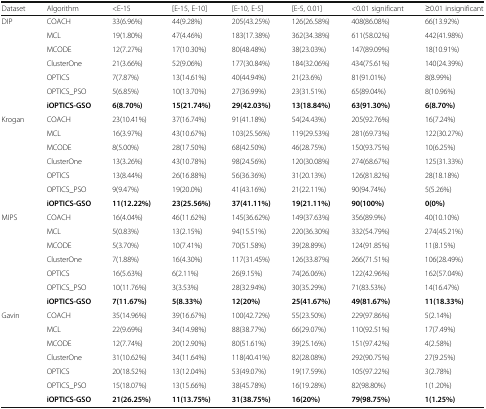
<table><thead><tr><td><b>Dataset</b></td><td><b>Algorithm</b></td><td><b>&lt;E-15</b></td><td><b>[E-15, E-10]</b></td><td><b>[E-10, E-5]</b></td><td><b>[E-5, 0.01]</b></td><td><b>&lt;0.01 significant</b></td><td><b>≥0.01 insignificant</b></td></tr></thead><tbody><tr><td rowspan="7">DIP</td><td>COACH</td><td>33(6.96%)</td><td>44(9.28%)</td><td>205(43.25%)</td><td>126(26.58%)</td><td>408(86.08%)</td><td>66(13.92%)</td></tr><tr><td>MCL</td><td>19(1.80%)</td><td>47(4.46%)</td><td>183(17.38%)</td><td>362(34.38%)</td><td>611(58.02%)</td><td>442(41.98%)</td></tr><tr><td>MCODE</td><td>12(7.27%)</td><td>17(10.30%)</td><td>80(48.48%)</td><td>38(23.03%)</td><td>147(89.09%)</td><td>18(10.91%)</td></tr><tr><td>ClusterOne</td><td>21(3.66%)</td><td>52(9.06%)</td><td>177(30.84%)</td><td>184(32.06%)</td><td>434(75.61%)</td><td>140(24.39%)</td></tr><tr><td>OPTICS</td><td>7(7.87%)</td><td>13(14.61%)</td><td>40(44.94%)</td><td>21(23.6%)</td><td>81(91.01%)</td><td>8(8.99%)</td></tr><tr><td>OPTICS_PSO</td><td>5(6.85%)</td><td>10(13.70%)</td><td>27(36.99%)</td><td>23(31.51%)</td><td>65(89.04%)</td><td>8(10.96%)</td></tr><tr><td><b>iOPTICS-GSO</b></td><td><b>6(8.70%)</b></td><td><b>15(21.74%)</b></td><td><b>29(42.03%)</b></td><td><b>13(18.84%)</b></td><td><b>63(91.30%)</b></td><td><b>6(8.70%)</b></td></tr><tr><td rowspan="7">Krogan</td><td>COACH</td><td>23(10.41%)</td><td>37(16.74%)</td><td>91(41.18%)</td><td>54(24.43%)</td><td>205(92.76%)</td><td>16(7.24%)</td></tr><tr><td>MCL</td><td>16(3.97%)</td><td>43(10.67%)</td><td>103(25.56%)</td><td>119(29.53%)</td><td>281(69.73%)</td><td>122(30.27%)</td></tr><tr><td>MCODE</td><td>8(5.00%)</td><td>28(17.50%)</td><td>68(42.50%)</td><td>46(28.75%)</td><td>150(93.75%)</td><td>10(6.25%)</td></tr><tr><td>ClusterOne</td><td>13(3.26%)</td><td>43(10.78%)</td><td>98(24.56%)</td><td>120(30.08%)</td><td>274(68.67%)</td><td>125(31.33%)</td></tr><tr><td>OPTICS</td><td>13(8.44%)</td><td>26(16.88%)</td><td>56(36.36%)</td><td>31(20.13%)</td><td>126(81.82%)</td><td>28(18.18%)</td></tr><tr><td>OPTICS_PSO</td><td>9(9.47%)</td><td>19(20.0%)</td><td>41(43.16%)</td><td>21(22.11%)</td><td>90(94.74%)</td><td>5(5.26%)</td></tr><tr><td><b>iOPTICS-GSO</b></td><td><b>11(12.22%)</b></td><td><b>23(25.56%)</b></td><td><b>37(41.11%)</b></td><td><b>19(21.11%)</b></td><td><b>90(100%)</b></td><td><b>0(0%)</b></td></tr><tr><td rowspan="7">MIPS</td><td>COACH</td><td>16(4.04%)</td><td>46(11.62%)</td><td>145(36.62%)</td><td>149(37.63%)</td><td>356(89.9%)</td><td>40(10.10%)</td></tr><tr><td>MCL</td><td>5(0.83%)</td><td>13(2.15%)</td><td>94(15.51%)</td><td>220(36.30%)</td><td>332(54.79%)</td><td>274(45.21%)</td></tr><tr><td>MCODE</td><td>5(3.70%)</td><td>10(7.41%)</td><td>70(51.58%)</td><td>39(28.89%)</td><td>124(91.85%)</td><td>11(8.15%)</td></tr><tr><td>ClusterOne</td><td>7(1.88%)</td><td>16(4.30%)</td><td>117(31.45%)</td><td>126(33.87%)</td><td>266(71.51%)</td><td>106(28.49%)</td></tr><tr><td>OPTICS</td><td>16(5.63%)</td><td>6(2.11%)</td><td>26(9.15%)</td><td>74(26.06%)</td><td>122(42.96%)</td><td>162(57.04%)</td></tr><tr><td>OPTICS_PSO</td><td>10(11.76%)</td><td>3(3.53%)</td><td>28(32.94%)</td><td>30(35.29%)</td><td>71(83.53%)</td><td>14(16.47%)</td></tr><tr><td><b>iOPTICS-GSO</b></td><td><b>7(11.67%)</b></td><td><b>5(8.33%)</b></td><td><b>12(20%)</b></td><td><b>25(41.67%)</b></td><td><b>49(81.67%)</b></td><td><b>11(18.33%)</b></td></tr><tr><td rowspan="7">Gavin</td><td>COACH</td><td>35(14.96%)</td><td>39(16.67%)</td><td>100(42.72%)</td><td>55(23.50%)</td><td>229(97.86%)</td><td>5(2.14%)</td></tr><tr><td>MCL</td><td>22(9.69%)</td><td>34(14.98%)</td><td>88(38.77%)</td><td>66(29.07%)</td><td>110(92.51%)</td><td>17(7.49%)</td></tr><tr><td>MCODE</td><td>12(7.74%)</td><td>20(12.90%)</td><td>80(51.61%)</td><td>39(25.16%)</td><td>151(97.42%)</td><td>4(2.58%)</td></tr><tr><td>ClusterOne</td><td>31(10.62%)</td><td>34(11.64%)</td><td>118(40.41%)</td><td>82(28.08%)</td><td>292(90.75%)</td><td>27(9.25%)</td></tr><tr><td>OPTICS</td><td>20(18.52%)</td><td>13(12.04%)</td><td>53(49.07%)</td><td>19(17.59%)</td><td>105(97.22%)</td><td>3(2.78%)</td></tr><tr><td>OPTICS_PSO</td><td>15(18.07%)</td><td>13(15.66%)</td><td>38(45.78%)</td><td>16(19.28%)</td><td>82(98.80%)</td><td>1(1.20%)</td></tr><tr><td><b>iOPTICS-GSO</b></td><td><b>21(26.25%)</b></td><td><b>11(13.75%)</b></td><td><b>31(38.75%)</b></td><td><b>16(20%)</b></td><td><b>79(98.75%)</b></td><td><b>1(1.25%)</b></td></tr></tbody></table>